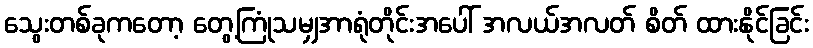
သွေးတစ်ခုကတော့ တွေ့ကြုံသမျှအာရုံတိုင်းအပေါ် အလယ်အလတ် စိတ် ထားနိုင်ခြင်း